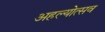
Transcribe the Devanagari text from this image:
अहल्योत्सव